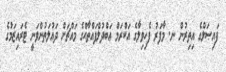
ފައިޞަލްގެ އިތިރުން ނ. މާފަރު ފެހިވިލާގެ އަކްރަމް ޢަބްދުލްފައްތާޙްގެ މައްޗަށް ދައުލަތުންވަނީ ޓެރައިޒަމުގެ